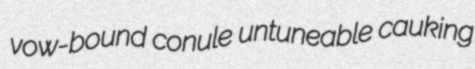
vow-bound conule untuneable cauking